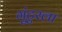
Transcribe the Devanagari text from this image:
गुंटुरला